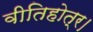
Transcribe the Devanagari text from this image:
वीतिहोत्र।